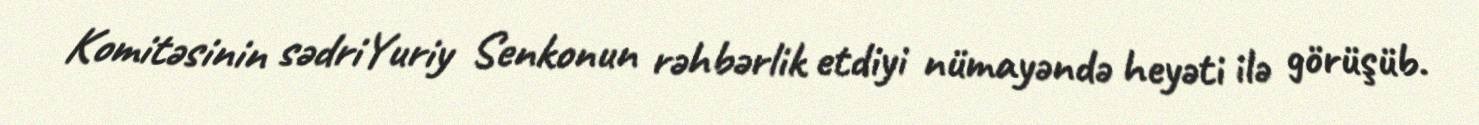
Komitəsinin sədriYuriy Senkonun rəhbərlik etdiyi nümayəndə heyəti ilə görüşüb.